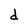
Character: d